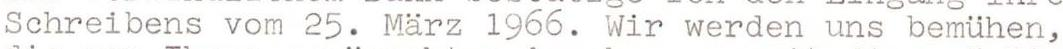
Schreibens vom 25. Marz 1966. Wir werden uns bemühen,